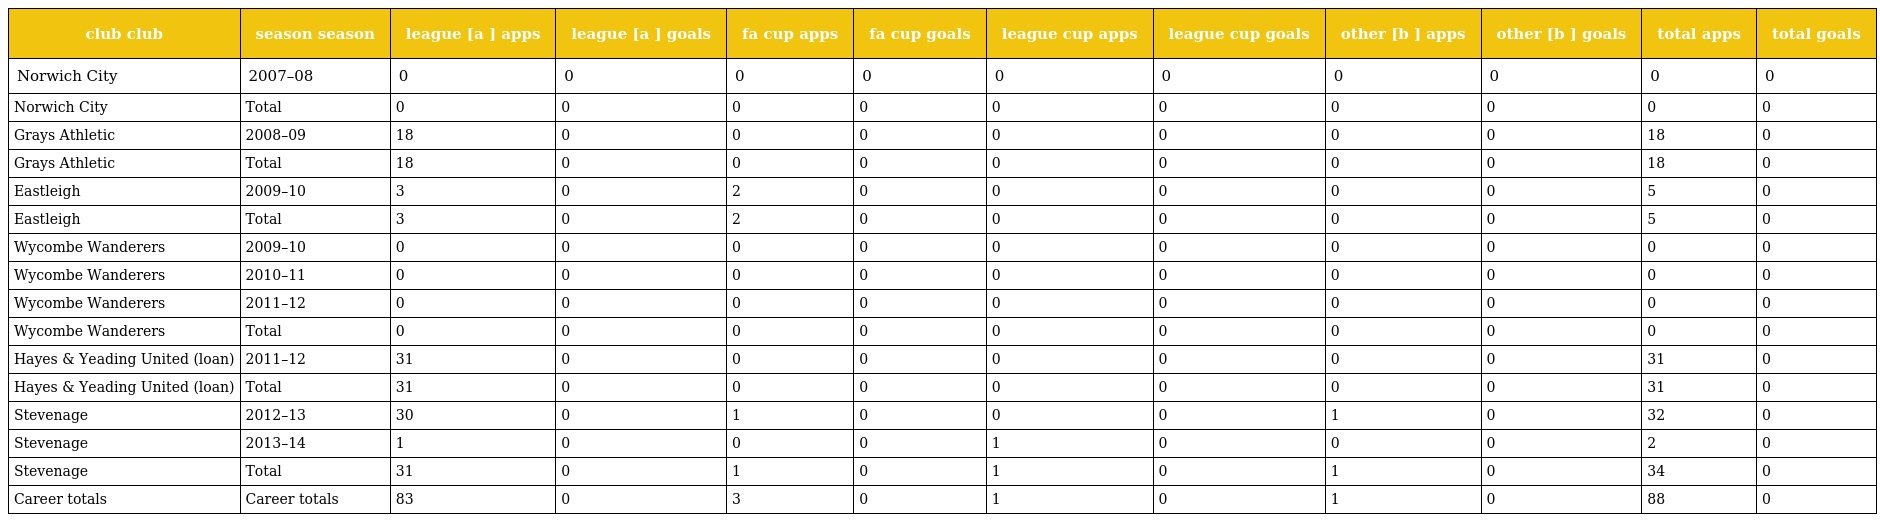
| club club | season season | league [a ] apps | league [a ] goals | fa cup apps | fa cup goals | league cup apps | league cup goals | other [b ] apps | other [b ] goals | total apps | total goals |
 | --- | --- | --- | --- | --- | --- | --- | --- | --- | --- | --- | --- |
 | Norwich City | 2007–08 | 0 | 0 | 0 | 0 | 0 | 0 | 0 | 0 | 0 | 0 |
 | Norwich City | Total | 0 | 0 | 0 | 0 | 0 | 0 | 0 | 0 | 0 | 0 |
 | Grays Athletic | 2008–09 | 18 | 0 | 0 | 0 | 0 | 0 | 0 | 0 | 18 | 0 |
 | Grays Athletic | Total | 18 | 0 | 0 | 0 | 0 | 0 | 0 | 0 | 18 | 0 |
 | Eastleigh | 2009–10 | 3 | 0 | 2 | 0 | 0 | 0 | 0 | 0 | 5 | 0 |
 | Eastleigh | Total | 3 | 0 | 2 | 0 | 0 | 0 | 0 | 0 | 5 | 0 |
 | Wycombe Wanderers | 2009–10 | 0 | 0 | 0 | 0 | 0 | 0 | 0 | 0 | 0 | 0 |
 | Wycombe Wanderers | 2010–11 | 0 | 0 | 0 | 0 | 0 | 0 | 0 | 0 | 0 | 0 |
 | Wycombe Wanderers | 2011–12 | 0 | 0 | 0 | 0 | 0 | 0 | 0 | 0 | 0 | 0 |
 | Wycombe Wanderers | Total | 0 | 0 | 0 | 0 | 0 | 0 | 0 | 0 | 0 | 0 |
 | Hayes & Yeading United (loan) | 2011–12 | 31 | 0 | 0 | 0 | 0 | 0 | 0 | 0 | 31 | 0 |
 | Hayes & Yeading United (loan) | Total | 31 | 0 | 0 | 0 | 0 | 0 | 0 | 0 | 31 | 0 |
 | Stevenage | 2012–13 | 30 | 0 | 1 | 0 | 0 | 0 | 1 | 0 | 32 | 0 |
 | Stevenage | 2013–14 | 1 | 0 | 0 | 0 | 1 | 0 | 0 | 0 | 2 | 0 |
 | Stevenage | Total | 31 | 0 | 1 | 0 | 1 | 0 | 1 | 0 | 34 | 0 |
 | Career totals | Career totals | 83 | 0 | 3 | 0 | 1 | 0 | 1 | 0 | 88 | 0 |